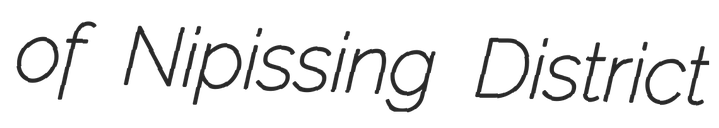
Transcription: of Nipissing District